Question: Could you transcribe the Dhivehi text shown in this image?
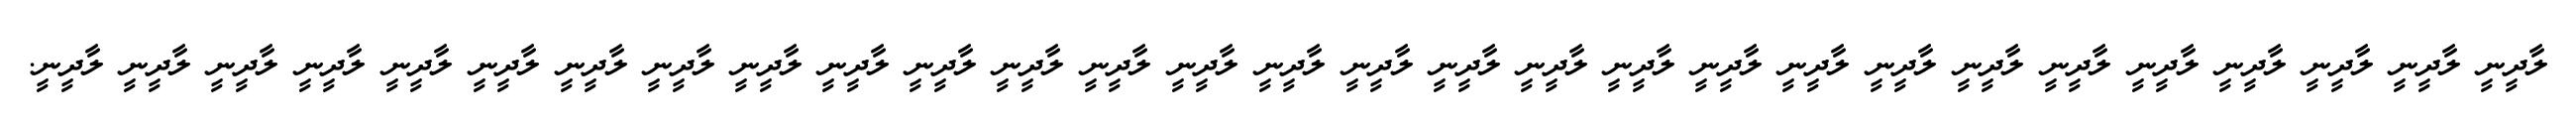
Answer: ލާދީނީ ލާދީނީ ލާދީނީ ލާދީނީ ލާދީނީ ލާދީނީ ލާދީނީ ލާދީނީ ލާދީނީ ލާދީނީ ލާދީނީ ލާދީނީ ލާދީނީ ލާދީނީ ލާދީނީ ލާދީނީ ލާދީނީ ލާދީނީ ލާދީނީ ލާދީނީ ލާދީނީ ލާދީނީ ލާދީނީ ލާދީނީ ލާދީނީ ލާދީނީ ލާދީނީ ލާދީނީ ލާދީނީ.